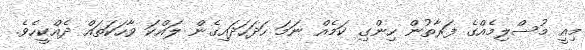
މިއީ މުސްލިމެއްގެ ފަރާތުން ހިންގި ކަމެއް ނަމަ ހަދަހަދައިގެން ލައްކަ ވާހަކަތައް ދެއްކީހެވެ.